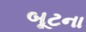
બૂટના